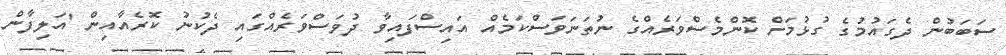
ސަބަބުން ދެގައުމުގެ ގުޅުމަށް ކޮންމެސްވަރެއްގެ ނުތަނަވަސްކަމެއް އައިސްފައިވާ ދުވަސްވަރެއްގައި ދެކުނު ކޮރެއާއިން 'އަލިފާން